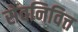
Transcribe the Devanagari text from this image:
सेवनिवित्त